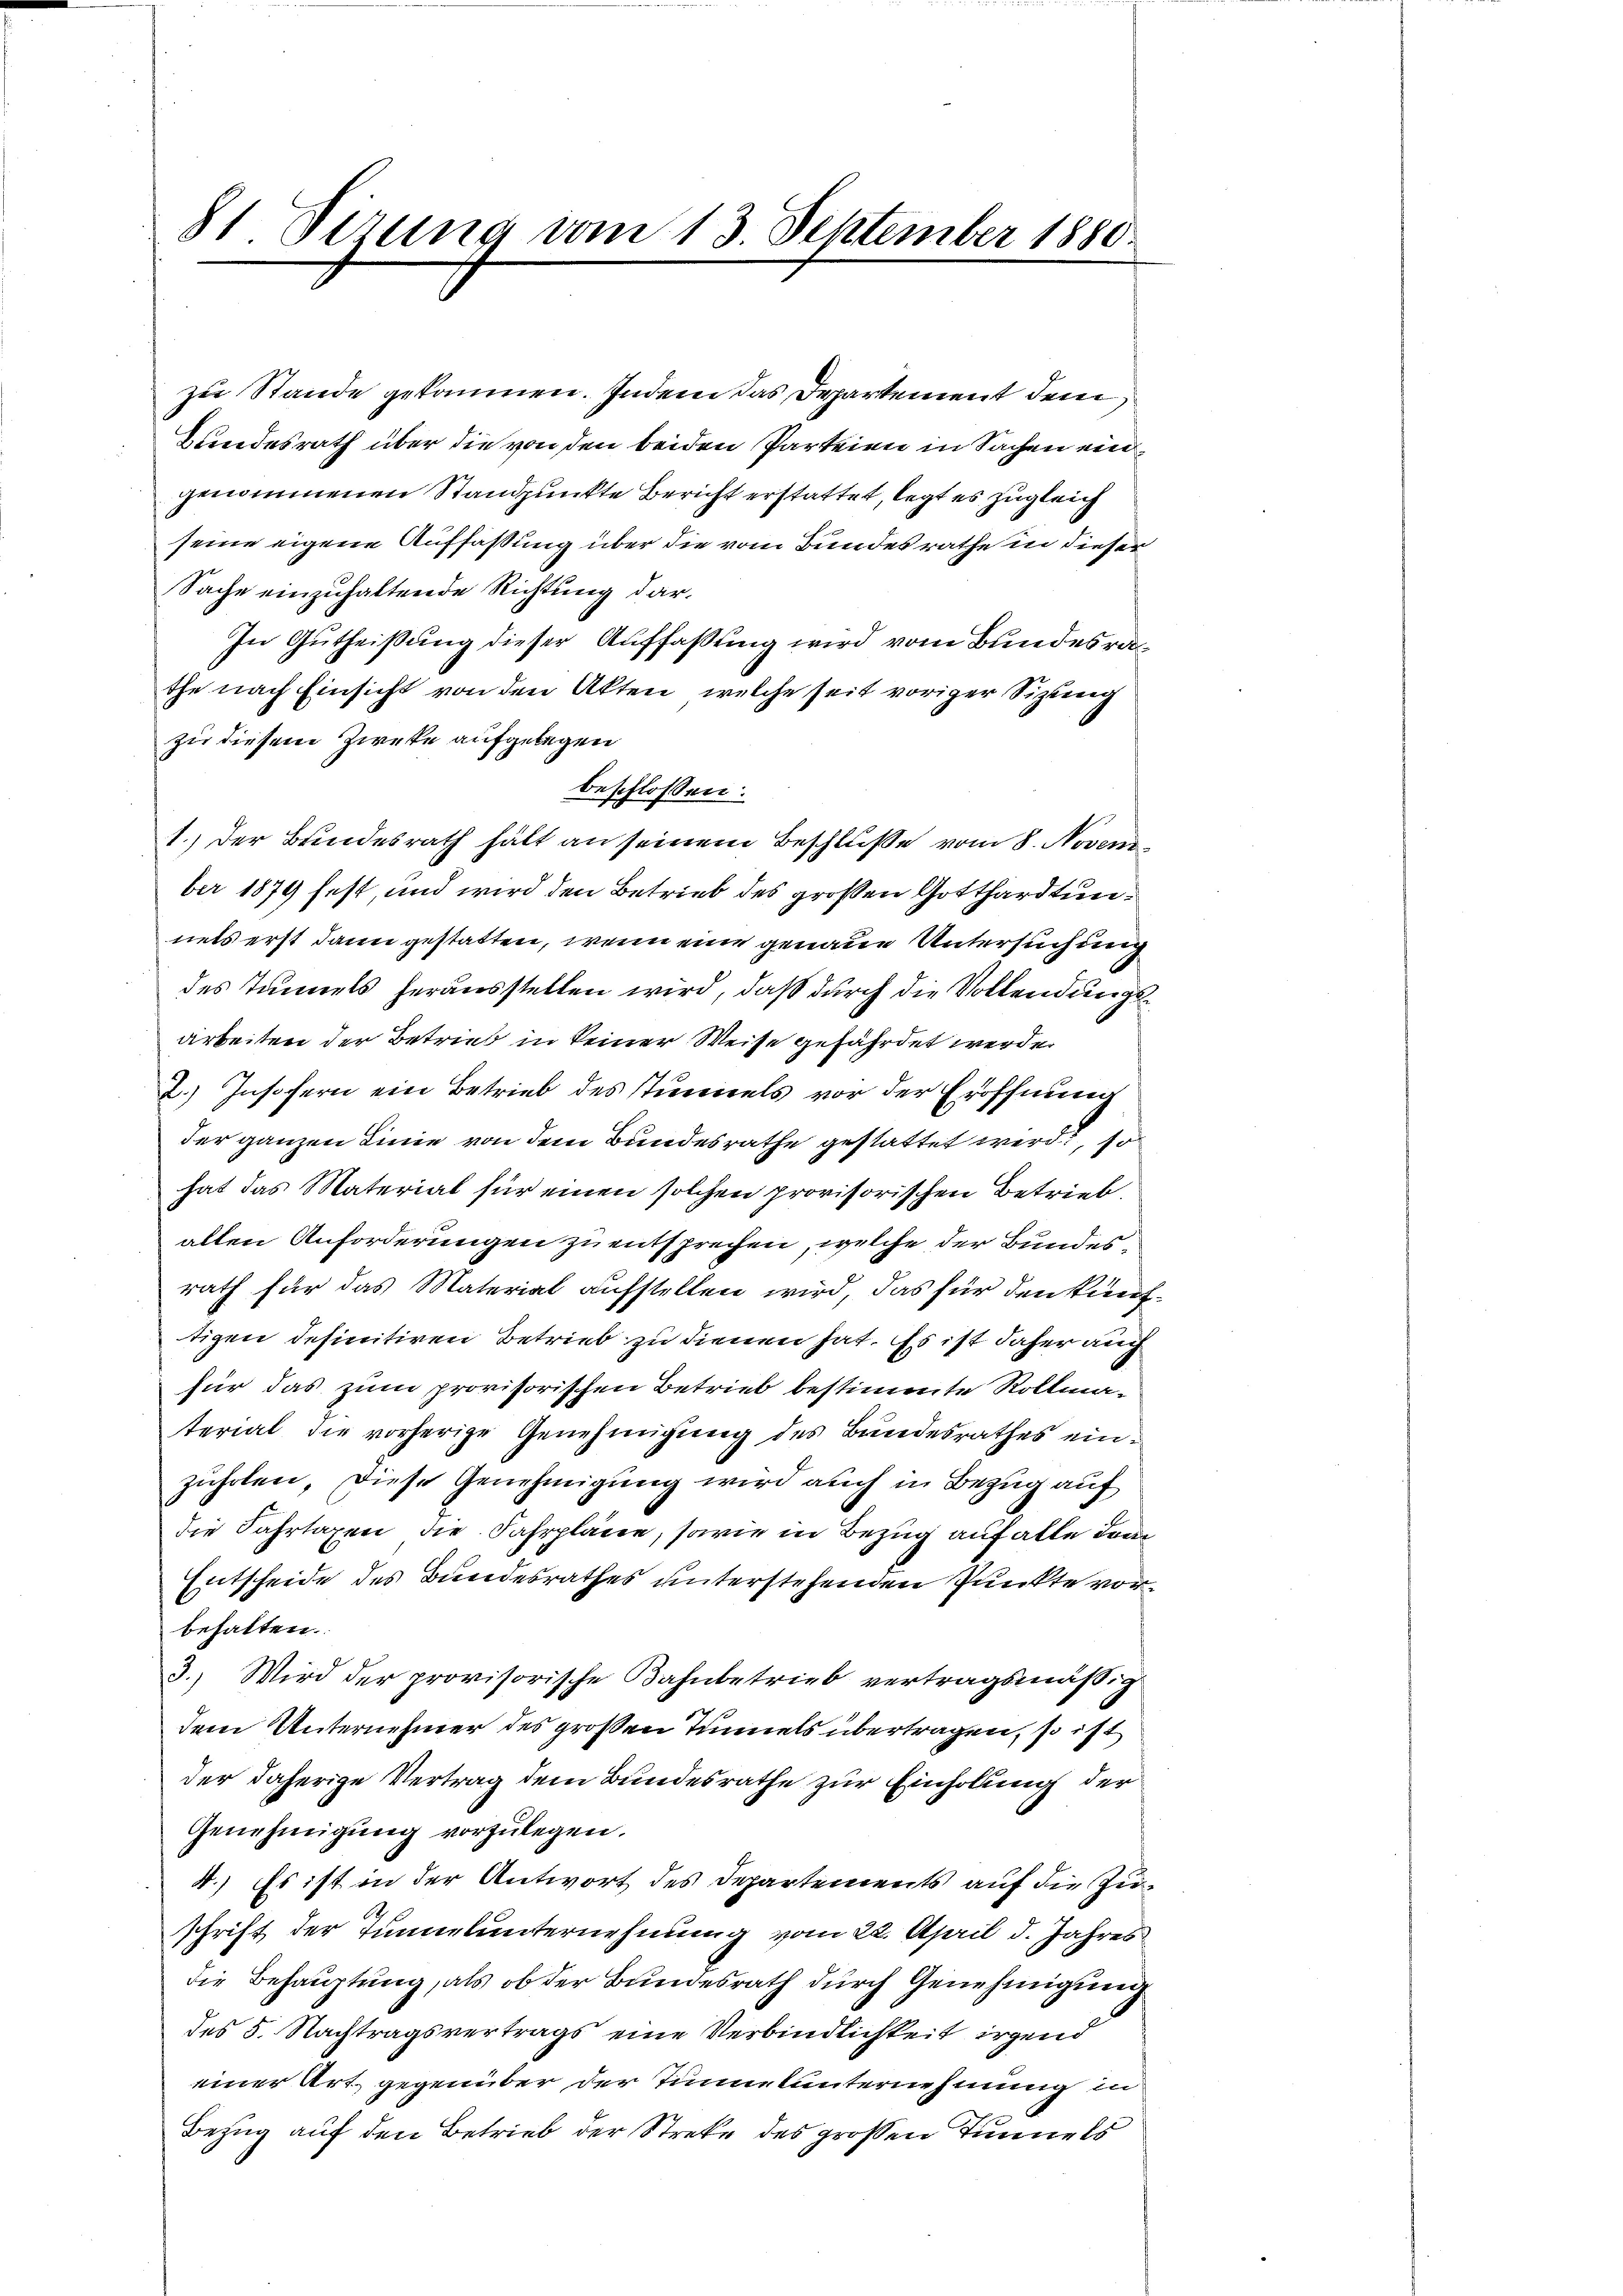
81 Sizung vom 13. September 1850.

zu Stande gekommen. Indem das Departement dem
Hundesrath über die von den beiden Parteien in Sachen eingenommenen Standpunkte Bericht erstattet, legt es zugleich
seine eigene Auffassung über die vom Bundesrathe in dieser
Sache einzuhaltende Richtung dar¬
In Gutheißung dieser Auffaßung wird vom Bundesrathe nach Einsicht von den Akten, welche seit voriger Sizung
zu diesem Zwecke aufgelegen
beschlossen:
1.) Der Bundesrath hält an seinem Beschluße vom 8. Noven
ber 1879 fest, und wird den Betrieb des großen Gotthardtunnets erst dann gestatten, wenn eine genaue Untersuchung
des Tunnels herausstellen wird, daß durch die Vollendungsarbeiten der Betrieb in keiner Weise gefährdet werden
2.) Insofern ein Betrieb des stimmels vor der Eröffnung
der ganzen Linie von dem Bundesrathe gestattet wird, so
hat das Material für einen solchen provisorischen Betrieb,
allen Anforderungen zu entsprechen, welche der Bundesrath für das Material aufstellen wird, das für den künftigen definitiven Betrieb zu dienen hat. Es ist daher auch
für das zum provisorischen Betrieb bestimmte Rollmaterial die vorherige Genehmigung des Bundesrathes einzuholen. Diese Genehmigung wird auch in Bezug auf
die Fahrtaxen die Fahrpläne, sowie in Bezug auf alle domi¬
Entscheide des Bundesrathes unterstehenden Punkte vorbehalten.
3.) Wird der provisorische Bahnbetrieb vertragsmäßig
dem Unternehmer des großen Tunnels übertragen, so ist
der daherige Vertrag dem Bundesrathe zur Einholung der
Genehmigung vorzulegen.
.) Es ist in der Antwort des Departements auf die Zu¬
.
schrift der Tunnelunternehmung vom 22. April d. Jahres
die Behauptung, als ob der Bundesrath durch Genehmigung
des 5. Nachtragsvertrags eine Verbindlichkeit irgend
einer Art gegenüber der Tunnerunternehmung in
Bezug auf den Betrieb der Streke des grossen Tunnels